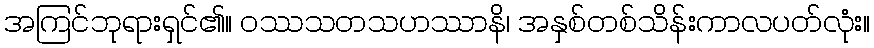
အကြင်ဘုရားရှင်၏။ ဝဿသတသဟဿာနိ၊ အနှစ်တစ်သိန်းကာလပတ်လုံး။